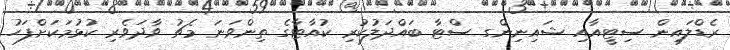
ރެޑްލައިން ސިޓީއާއި ޝައިނިންގ ސްޓާ ބައްދަލުކުރި ކުއާޓާގެ ތިންވަނަ މެޗު ވާދަވެރި ކުޅުމަކަށްފަހު